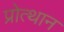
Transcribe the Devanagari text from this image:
प्रोत्थान